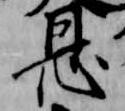
恩